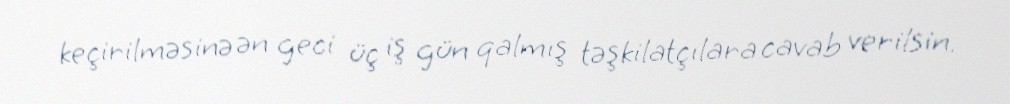
keçirilməsinə ən geci üç iş gün qalmış təşkilatçılara cavab verilsin.